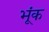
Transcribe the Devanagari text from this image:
भूंक